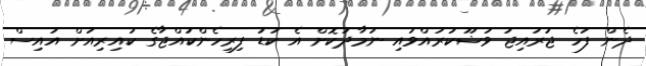
ދެން ފަހެ ޖުރައިޖު ވުޟޫކުރައްވައި ނަމާދުކޮށް އެ ކުޑަ ފިރިހެންކުއްޖާގެ ކައިރިއަށް އައިސް